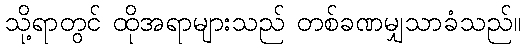
သို့ရာတွင် ထိုအရာများသည် တစ်ခဏမျှသာခံသည်။